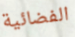
الفضائية